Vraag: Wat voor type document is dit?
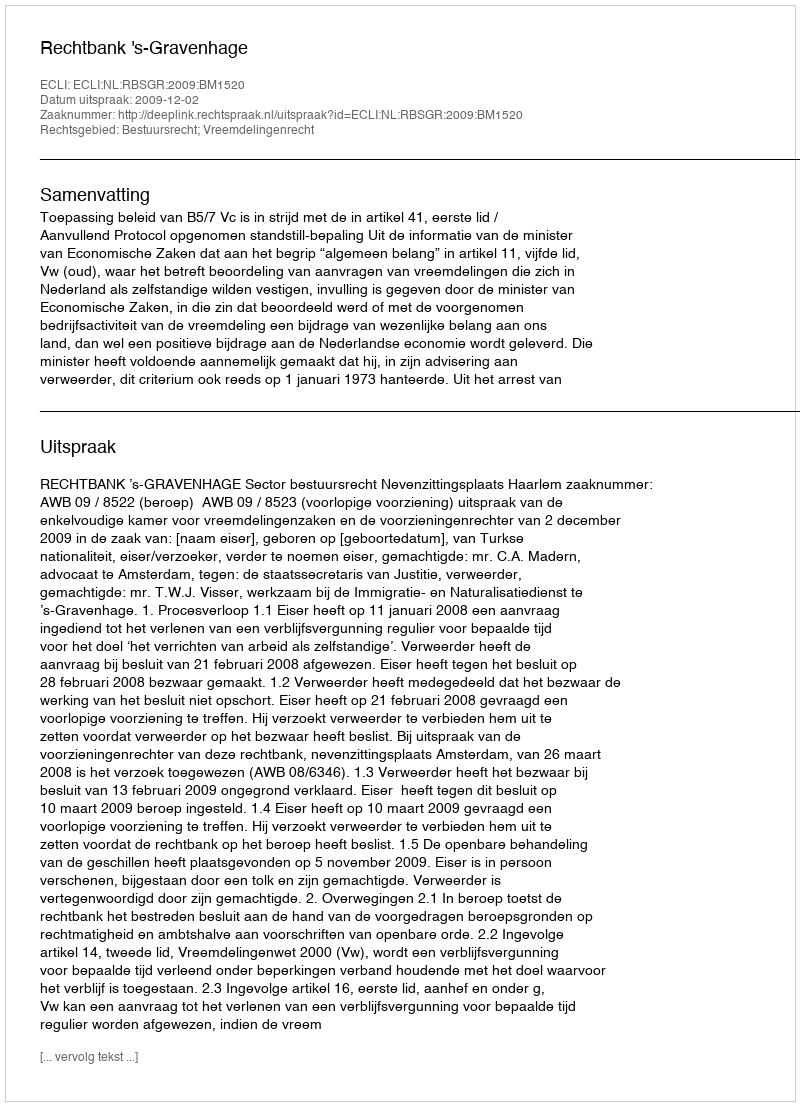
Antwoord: Uitspraak